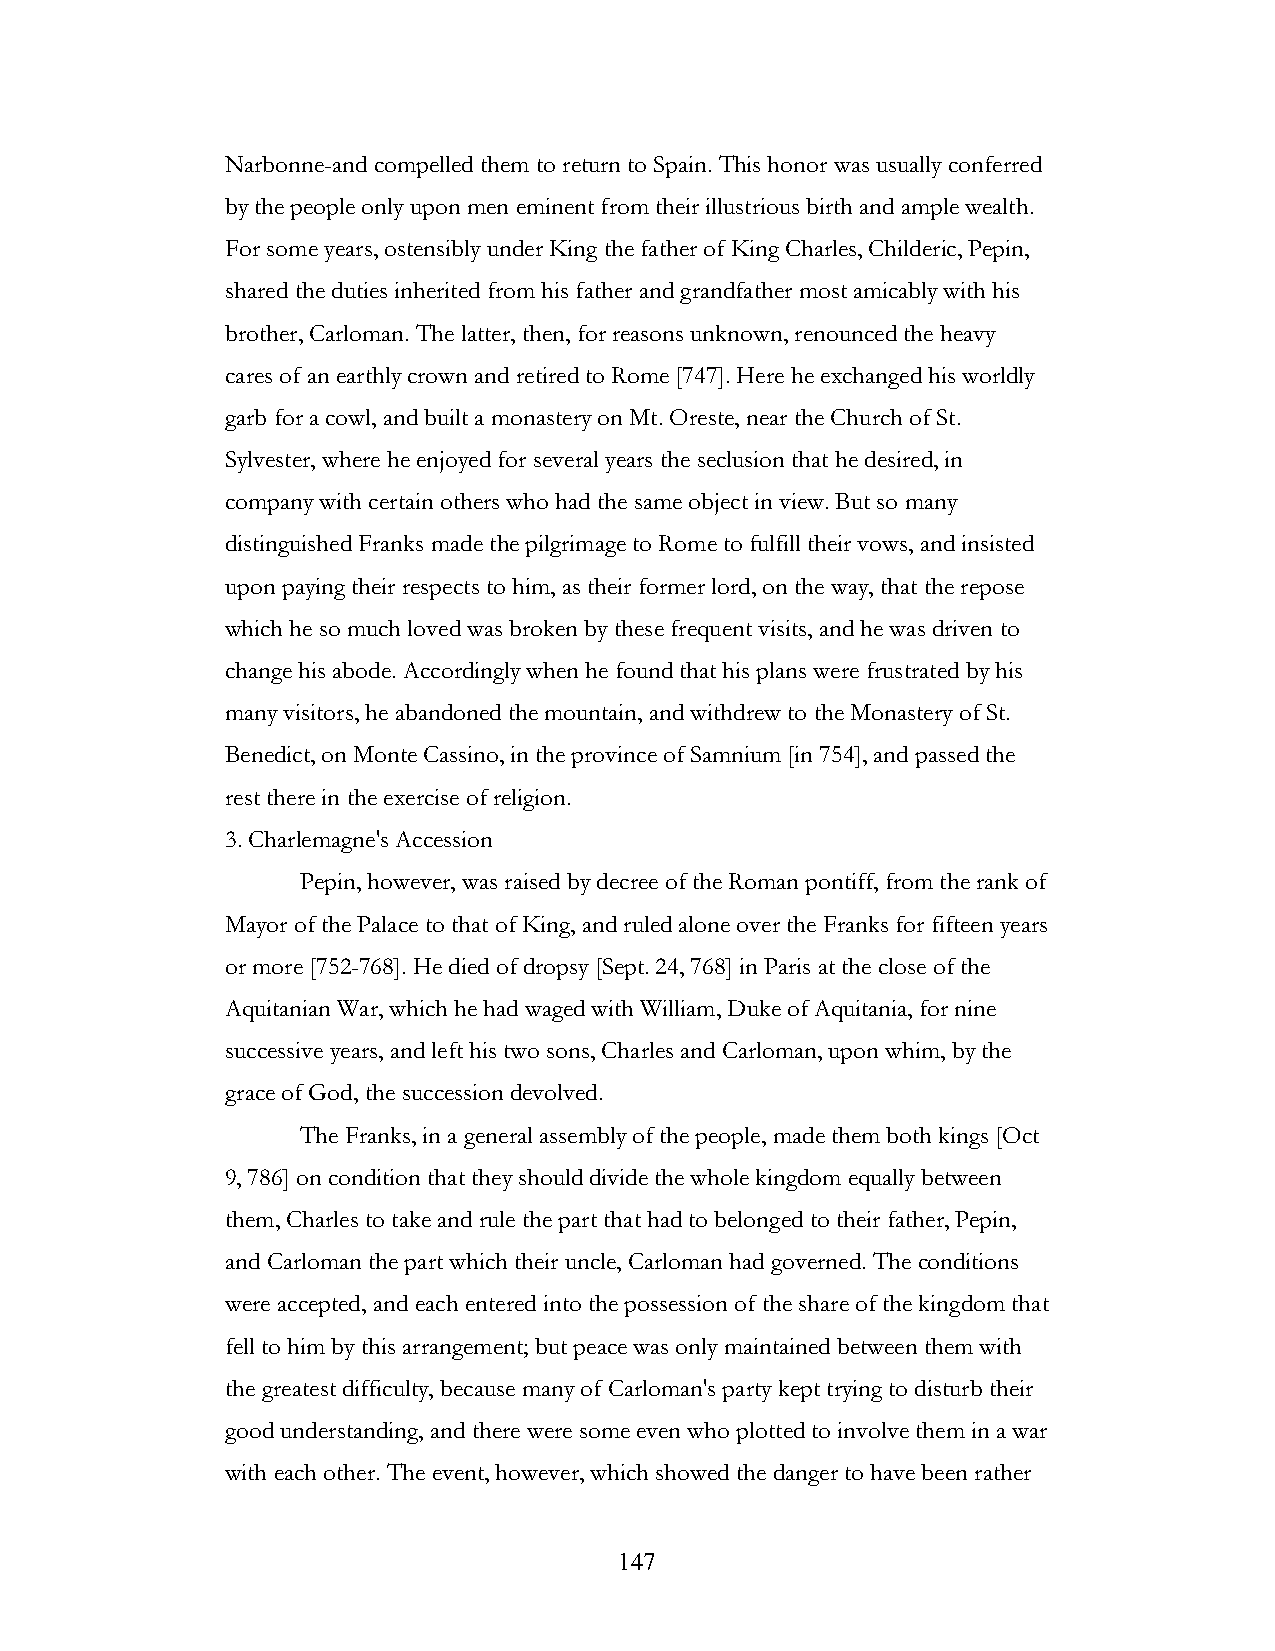
Narbonne-and compelled them to return to Spain. This honor was usually conferred
 by the people only upon men eminent from their illustrious birth and ample wealth.
 For some years, ostensibly under King the father of King Charles, Childeric, Pepin,
 shared the duties inherited from his father and grandfather most amicably with his
 brother, Carloman. The latter, then, for reasons unknown, renounced the heavy
 cares of an earthly crown and retired to Rome [747]. Here he exchanged his worldly
 garb for a cowl, and built a monastery on Mt. Oreste, near the Church of St.
 Sylvester, where he enjoyed for several years the seclusion that he desired, in
 company with certain others who had the same object in view. But so many
 distinguished Franks made the pilgrimage to Rome to fulfill their vows, and insisted
 upon paying their respects to him, as their former lord, on the way, that the repose
 which he so much loved was broken by these frequent visits, and he was driven to
 change his abode. Accordingly when he found that his plans were frustrated by his
 many visitors, he abandoned the mountain, and withdrew to the Monastery of St.
 Benedict, on Monte Cassino, in the province of Samnium [in 754], and passed the
 rest there in the exercise of religion.
 3. Charlemagne's Accession
 Pepin, however, was raised by decree of the Roman pontiff, from the rank of
 Mayor of the Palace to that of King, and ruled alone over the Franks for fifteen years
 or more [752-768]. He died of dropsy [Sept. 24, 768] in Paris at the close of the
 Aquitanian War, which he had waged with William, Duke of Aquitania, for nine
 successive years, and left his two sons, Charles and Carloman, upon whim, by the
 grace of God, the succession devolved.
 The Franks, in a general assembly of the people, made them both kings [Oct
 9, 786] on condition that they should divide the whole kingdom equally between
 them, Charles to take and rule the part that had to belonged to their father, Pepin,
 and Carloman the part which their uncle, Carloman had governed. The conditions
 were accepted, and each entered into the possession of the share of the kingdom that
 fell to him by this arrangement; but peace was only maintained between them with
 the greatest difficulty, because many of Carloman's party kept trying to disturb their
 good understanding, and there were some even who plotted to involve them in a war
 with each other. The event, however, which showed the danger to have been rather
 !                         147